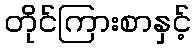
တိုင်ကြားစာနှင့်